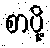
စာပို့